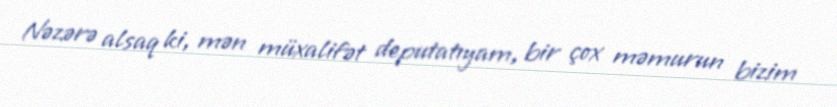
Nəzərə alsaq ki, mən müxalifət deputatıyam, bir çox məmurun bizim